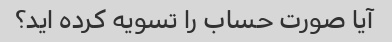
آیا صورت حساب را تسویه کرده اید؟